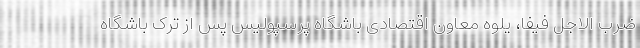
ضرب الاجل فیفا، یلوه معاون اقتصادی باشگاه پرسپولیس پس از ترک باشگاه